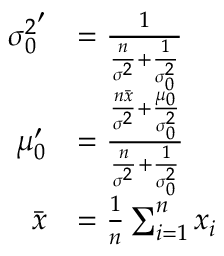
{ \begin{array} { r l } { { \sigma _ { 0 } ^ { 2 } } ^ { \prime } } & { = { \frac { 1 } { { \frac { n } { \sigma ^ { 2 } } } + { \frac { 1 } { \sigma _ { 0 } ^ { 2 } } } } } } \\ { \mu _ { 0 } ^ { \prime } } & { = { \frac { { \frac { n { \bar { x } } } { \sigma ^ { 2 } } } + { \frac { \mu _ { 0 } } { \sigma _ { 0 } ^ { 2 } } } } { { \frac { n } { \sigma ^ { 2 } } } + { \frac { 1 } { \sigma _ { 0 } ^ { 2 } } } } } } \\ { { \bar { x } } } & { = { \frac { 1 } { n } } \sum _ { i = 1 } ^ { n } x _ { i } } \end{array} }